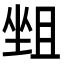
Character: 𡎬